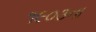
૧૯૦૩ના